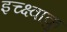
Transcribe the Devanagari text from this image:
इच्क्ष्वाकु